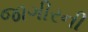
જાગીરની